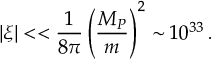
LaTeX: | \xi | < < \frac { 1 } { 8 \pi } \left( \frac { M _ { P } } { m } \right) ^ { 2 } \sim 1 0 ^ { 3 3 } \, .